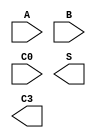
`timescale 1ns / 1ps
//////////////////////////////////////////////////////////////////////////////////
// Company: 
// Engineer: 
// 
// Design Name: 
// Module Name: three_bit_adder
// Project Name: 
// Target Devices: 
// Tool Versions: 
// Description: 
// 
// Dependencies: 
// 
// Revision:
// Revision 0.01 - File Created
// Additional Comments:
// 
//////////////////////////////////////////////////////////////////////////////////


module three_bit_adder(
    input [2:0] A,
    input [2:0] B,
    input C0,
    output [2:0] S,
    output C3
    );
endmodule